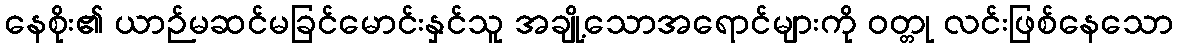
နေစိုး၏ ယာဉ်မဆင်မခြင်မောင်းနှင်သူ အချို့သောအရောင်များကို ဝတ္တု လင်းဖြစ်နေသော